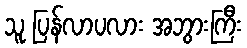
သူ ပြန်လာပလား အဘွားကြီး